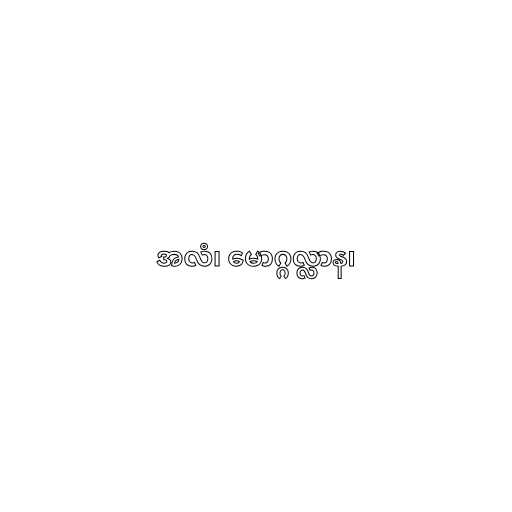
အလံ၊ မောဂ္ဂလ္လာန၊